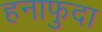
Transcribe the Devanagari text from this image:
हनाफुदा